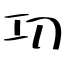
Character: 㓛